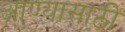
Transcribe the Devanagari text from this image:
आण्यासाठी